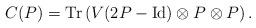
LaTeX: \begin{align*}C(P) = \mathrm{Tr} \left( V (2 P - \mathrm{Id}) \otimes P \otimes P \right).\end{align*}